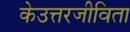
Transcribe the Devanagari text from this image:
केउत्तरजीविता